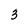
Character: 3